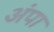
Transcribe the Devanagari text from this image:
अंपा